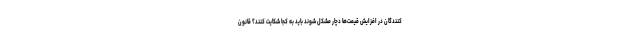
کنندگان در افزایش قیمت‌ها دچار مشکل شوند باید به کجا شکایت کنند؟ قانون